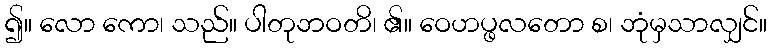
၍။ လော ကော၊ သည်။ ပါတုဘဝတိ၊ ၏။ ဝေဟပ္ဖလတော စ၊ ဘုံမှသာလျှင်။